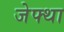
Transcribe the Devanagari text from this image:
जेफ्था